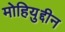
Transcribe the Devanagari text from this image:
मोहियुद्दीन